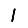
Digit: 1